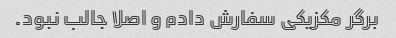
برگر مکزیکی سفارش دادم و اصلا جالب نبود.